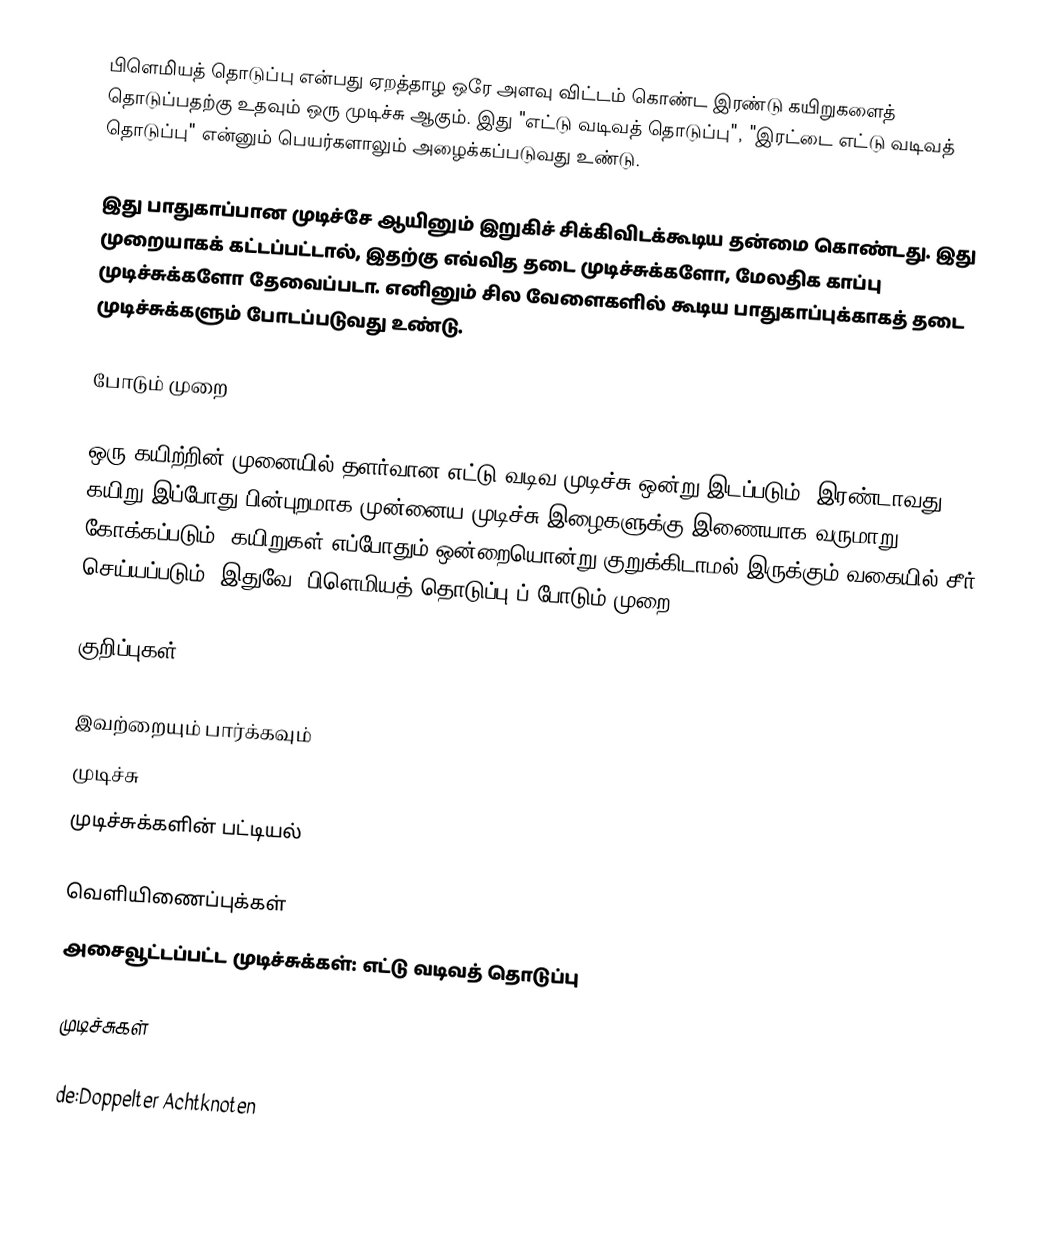
பிளெமியத் தொடுப்பு என்பது ஏறத்தாழ ஒரே அளவு விட்டம் கொண்ட இரண்டு கயிறுகளைத் தொடுப்பதற்கு உதவும் ஒரு முடிச்சு ஆகும். இது "எட்டு வடிவத் தொடுப்பு", "இரட்டை எட்டு வடிவத் தொடுப்பு" என்னும் பெயர்களாலும் அழைக்கப்படுவது உண்டு.

இது பாதுகாப்பான முடிச்சே ஆயினும் இறுகிச் சிக்கிவிடக்கூடிய தன்மை கொண்டது. இது முறையாகக் கட்டப்பட்டால், இதற்கு எவ்வித தடை முடிச்சுக்களோ, மேலதிக காப்பு முடிச்சுக்களோ தேவைப்படா. எனினும் சில வேளைகளில் கூடிய பாதுகாப்புக்காகத் தடை முடிச்சுக்களும் போடப்படுவது உண்டு.

போடும் முறை

ஒரு கயிற்றின் முனையில் தளர்வான எட்டு வடிவ முடிச்சு ஒன்று இடப்படும். இரண்டாவது கயிறு இப்போது பின்புறமாக முன்னைய முடிச்சு இழைகளுக்கு இணையாக வருமாறு கோக்கப்படும். கயிறுகள் எப்போதும் ஒன்றையொன்று குறுக்கிடாமல் இருக்கும் வகையில் சீர் செய்யப்படும். இதுவே "பிளெமியத் தொடுப்பு"ப் போடும் முறை.

குறிப்புகள்

இவற்றையும் பார்க்கவும்
 முடிச்சு
 முடிச்சுக்களின் பட்டியல்

வெளியிணைப்புக்கள்
அசைவூட்டப்பட்ட முடிச்சுக்கள்: எட்டு வடிவத் தொடுப்பு

முடிச்சுகள்

de:Doppelter Achtknoten